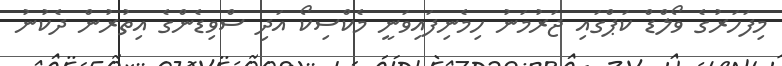
މިފަހަރުގެ ވޯލްޑް ކަޕްގައި ޖަރުމަނު ހިމެނިފައިވަނީ މެކްސިކޯ އަދި ސްވިޑެންގެ އިތުރުން ދެކުނު